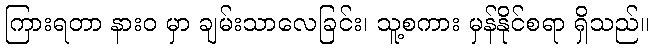
ကြားရတာ နားဝ မှာ ချမ်းသာလေခြင်း၊ သူ့စကား မှန်နိုင်စရာ ရှိသည်။